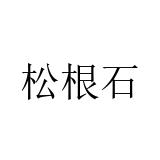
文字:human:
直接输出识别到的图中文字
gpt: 松根石